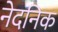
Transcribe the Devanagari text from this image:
नेदनिक